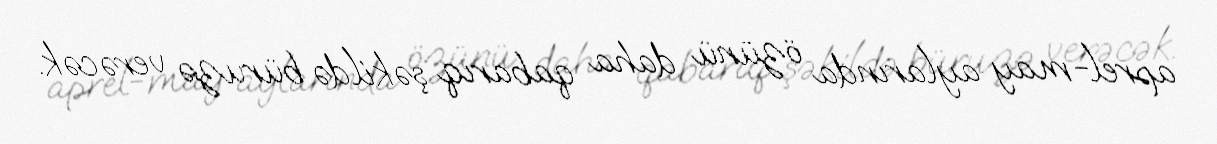
aprel-may aylarında özünü daha qabarıq şəkildə büruzə verəcək.